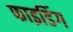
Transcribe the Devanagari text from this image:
फाइडिंग